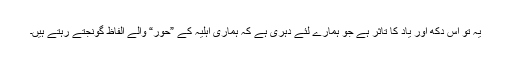
یہ تو اس دکھ اور یاد کا تاثر ہے جو ہمارے لئے دہری ہے کہ ہماری اہلیہ کے ”حور“ والے الفاظ گونجتے رہتے ہیں۔